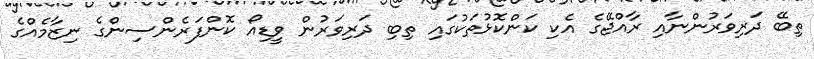
ތިބޭ ދަރިވަރުންނާއި ރާއްޖޭގެ އެކި ކަންކޮޅުތަކުގައި ތިބި ދަރިވަރުން ވީޑިއޯ ކޮންފަރެންސިންގެ ނިޒާމެއްގެ